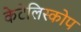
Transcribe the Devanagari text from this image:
केटेलिस्कोप